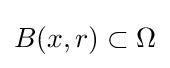
B(x,r)\subset \Omega